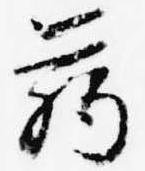
臈